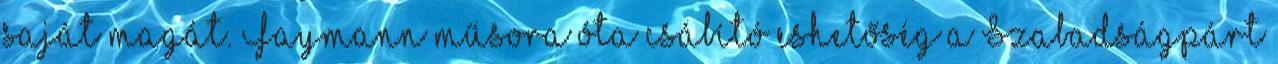
saját magát. Faymann műsora óta csábító eshetőség a Szabadságpárt